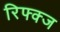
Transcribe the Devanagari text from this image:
रिफ्क्ज